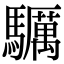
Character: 𩧃